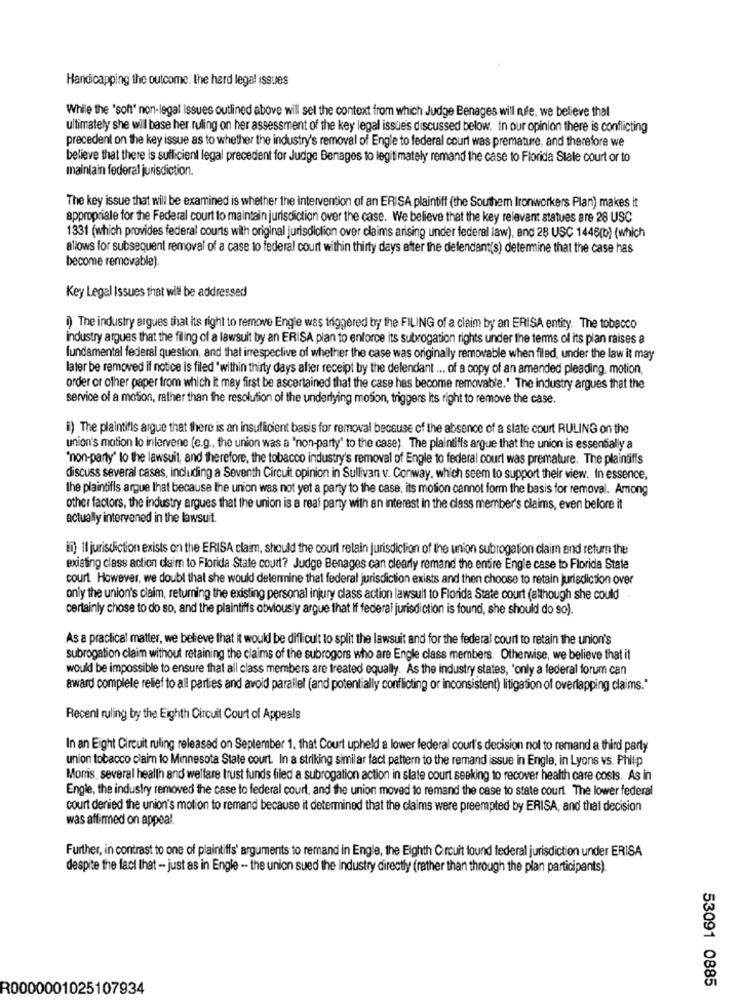
Handicapping the outcome. the hard legal issues
While the 'soft" non-legal Issues outlined above will sel the context from which Judge Benages will rufe, we believe thal
ultimately she wil base her ruling on her assessment of the key legal issues discussed below. in our opinion there is conflicting
precedent on the key issue as to whether the industry's removal of Engle to federal court was premature, and therefore we
believe that there is sufficient legal precedent for Judge Benages to legitimately remand the case to Florida State court or to
maintain federal jurisdiction.
The key issue that will be examined is whether the intervention of an ERISA plaintiff (the Southem Ironworkers Plan) makes it
appropriale for the Federal court to maintain jurisdiction over the case. We believe that the key relevant statues are 28 USC
1331 (which provides federal courts with original jurisdiction over claims arising under federal law), and 28 USC 1446(b) (which
allows for subsequent removal of a case to federal court within thirty days after the defendant(s) determine that the case has
become removable).
Key Legal Issues that will be addressed
i) The industry argues that its right to remove Engle was triggered by the FILING of a claim by an ERISA entity. The tobacco
industry argues that the filing of a lawsuit by an ERISA plan to enforce its subrogation rights under the terms of its plan raises a
fundamental federal question, and that irrespective of whether the case was originally removable when filed, under the law it may
later be removed if notice is filed "within thirty days after receipt by the defendant ... of a copy of an amended pleading, motion,
order or other paper from which it may first be ascertained that the case has become removable." The industry argues that the
service of a motion, rather than the resolution of the underlying moson, triggers its right to remove the case.
i) The plaintiffs argue that there is an insufficient basis for removal because of the absence of a slate court RULING on the
union's motion lo intervene (e.g ., the union was a 'non-party' to the case). The plaintiffs argue that the union is essentially a
"non-party' to the lawsuit, and therefore, the tobacco industry's removal of Engle to federal court was premature. The plaintiffs
discuss several cases, including a Seventh Circuit opinion in Sullivan v. Conway, which seem to support their view. In essence,
the plaintiffs argue that because the union was not yet a party to the case, its motion cannot form the basis for removal. Among
other factors, the industry argues that the union is a real party with an interest in the class member's claims, even before it
actually intervened in the lawsuit.
ii) Il jurisdiction exists on the ERISA claim, should the court retain jurisdiction of the union subrogation claim and return the
existing class action daim to Florida State court? Judge Benages can clearly remand the entire Engle case to Florida Stale
court. However, we doubt that she would determine that federal jurisdiction exists and then choose to retain jurisdiction over
only the union's claim, returning the existing personal injury class action lawsuit to Florida State court (although she could
certainly chose to do so, and the plaintiffs obviously argue that If federal jurisdiction is found, she should do so).
As a practical matter, we believe that it would be difficult to split the lawsuit and for the federal court to retain the union's
subrogation claim without retaining the claims of the subrogors who are Engle class members. Otherwise, we believe that it
would be impossible to ensure that all class members are treated equally. As the industry states, 'only a federal forum can
award complete relief to all parties and avoid parallel (and potentially conflicting or inconsistent) litigation of overlapping claims."
Recent ruling by the Eighth Circuit Court of Appeals
In an Eight Circuit ruling released on September 1, that Court upheld a lower federal court's decision nol to remand a third party
union tobacco claim to Minnesota State court. In a striking similar fact pattern to the remand issue in Engle, in Lyons vs. Philip
Morris, several health and welfare trust funds filed a subrogation action in slate court seeking to recover health care costs. As in
Engle, the industry removed the case to federal court, and the union moved to remand the case to state court. The lower federal
court denied the union's motion to remand because it determined that the claims were preempted by ERISA, and that decision
was affirmed on appeal.
Further, in contrast to one of plaintiffs' arguments to remand in Engle, the Eighth Circuit found federal jurisdiction under ERISA
despite the fact that - just as in Engle -- the union sued the industry directly (rather than through the plan participants).
53091 0885
R0000001025107934